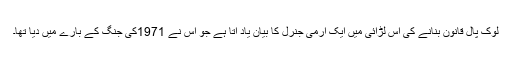
لوک پال قانون بنانے کی اس لڑائی میں ایک آرمی جنرل کا بیان یاد آتا ہے جو اس نے 1971کی جنگ کے بارے میں دیا تھا۔